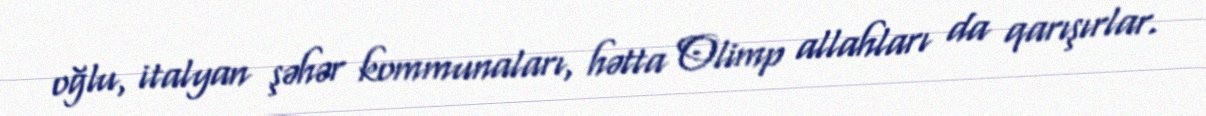
oğlu, italyan şəhər kommunaları, hətta Olimp allahları da qarışırlar.